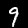
Label: 9